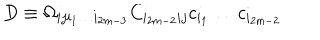
LaTeX: D \equiv \Omega _ { i j i _ { 1 } \dots i _ { 2 m - 3 } } C _ { i _ { 2 m - 2 } i j } c _ { i _ { 1 } } \dots c _ { i _ { 2 m - 2 } }